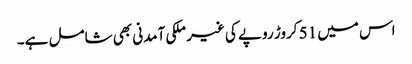
اس میں 51 کروڑ روپے کی غیر ملکی آمدنی بھی شامل ہے۔